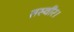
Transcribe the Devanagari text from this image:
तस्वीर।